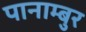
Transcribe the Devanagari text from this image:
पानाम्बुर